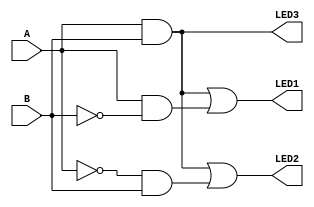
`timescale 1ns / 1ps
//////////////////////////////////////////////////////////////////////////////////
// Company: 
// Engineer: 
// 
// Design Name: 
// Module Name: my_control_module
// Project Name: 
// Target Devices: 
// Tool Versions: 
// Description: 
// 
// Dependencies: 
// 
// Revision:
// Revision 0.01 - File Created
// Additional Comments:
// 
//////////////////////////////////////////////////////////////////////////////////


module my_control_module(
    input A,
    input B,
    output LED1,
    output LED2,
    output LED3
    );
    
    assign LED1 = (A & B) | (A & ~B);
    assign LED2 = (A & B) | (~A & B);
    assign LED3 = A & B;
endmodule